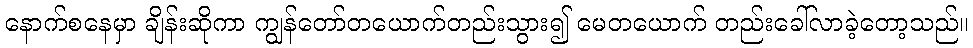
နောက်စနေမှာ ချိန်းဆိုကာ ကျွန်တော်တယောက်တည်းသွား၍ မေတယောက် တည်းခေါ်လာခဲ့တော့သည်။